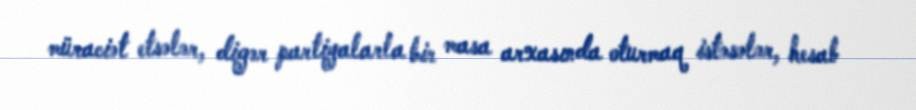
müraciət etsələr, digər partiyalarla bir masa arxasında oturmaq istəsələr, hesab